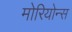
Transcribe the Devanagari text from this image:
मोरियोन्स